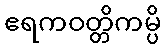
ဧရကဝတ္တိကမ္ပိ